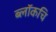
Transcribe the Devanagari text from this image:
ब्लॉकचि